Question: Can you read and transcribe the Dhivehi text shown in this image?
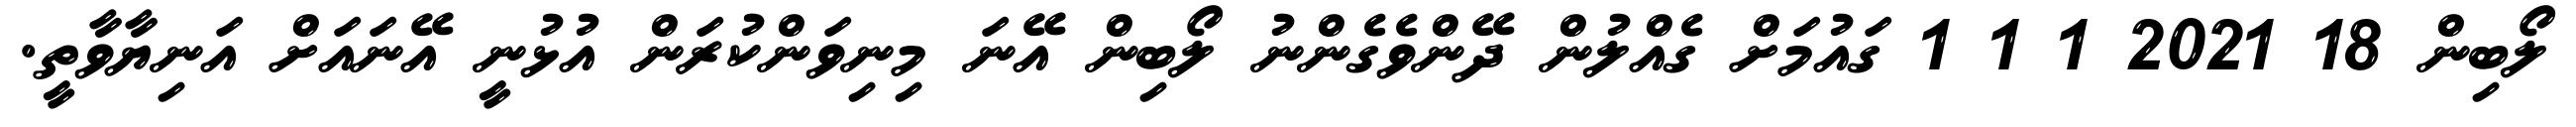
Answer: ލޯބިން 18 2021 1 1 1 ގައުމަށް ގެއްލުން ދޭންވެގެންނު ލޯބިން އޭނަ މިނިވަންކުރަން އުޅުނީ އޭނައަށް އަނިޔާވާތީ.